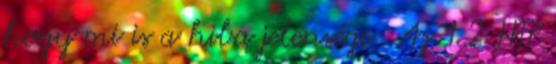
hogy mi is a hiba jelensége: Az 1.2 HTP